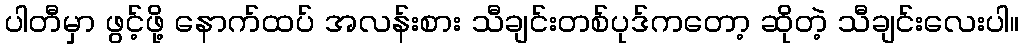
ပါတီမှာ ဖွင့်ဖို့ နောက်ထပ် အလန်းစား သီချင်းတစ်ပုဒ်ကတော့ ဆိုတဲ့ သီချင်းလေးပါ။